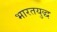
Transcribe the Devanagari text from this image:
भारतयुद्ध